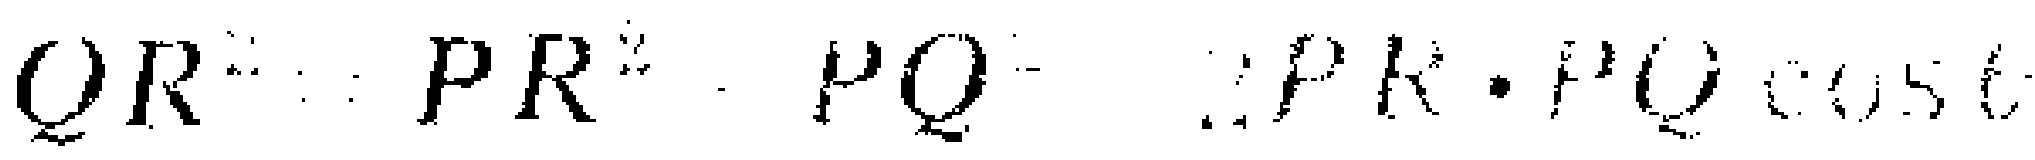
$QR^{2}=PR^{2}+PQ^{2}-2PR\cdot PQ\cos C$